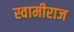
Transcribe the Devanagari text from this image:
स्वामीराज